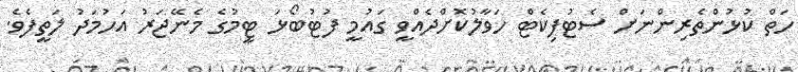
ހަތް ކުޅުންތެރިންނަށް ސެޓުފިކެޓް ހަވާލުކޮށްދެއްވީ ގައުމީ ފުޓުބޯޅަ ޓީމުގެ މެނޭޖަރު އަހުމަދު ލަތީފެވެ.